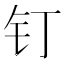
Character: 钉